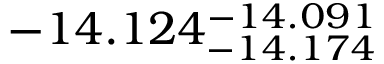
- 1 4 . 1 2 4 _ { - 1 4 . 1 7 4 } ^ { - 1 4 . 0 9 1 }